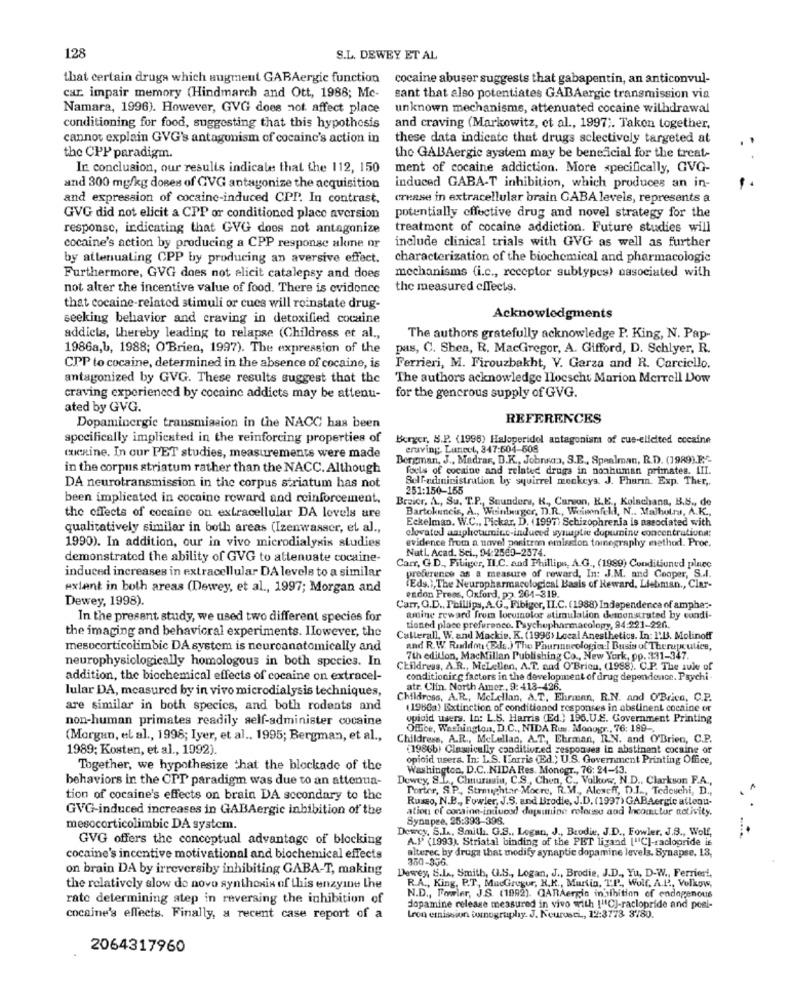
128
S.L. DEWEY ET AL
that certain drugs which augment GABAergic function
cocaine abuser suggests that gabapentin, an anticonvul-
car. impair memory (Hindmarch and Ott, 1988; Mc-
sant that also potentiates GABAergic transmission via
Namara, 1996). However, GVG does not affect place
unknown mechanisms, attenuated cocaine withdrawal
conditioning for food, suggesting that this hypothesis
and craving (Markowitz, et al ., 1997 ;. Taken together,
cannot explain GVG's antagonism of cocaine's action in
these data indicate that drugs selectively targeted at
the CPP paradigm.
the GABAergie system may be beneacial for the treat-
In conclusion, our results indicate that the 112, 150
ment of cocaine addiction. More specifically, GVG-
and 300 mg/kg doses of CVG antagonize the acquisition
induced GABA-T inhibition, which produces an in-
and expression of cocaine-induced CPP. In contrast,
crease in extracellular brain GABA levels, represents a
GVG did not elicit a CPP or conditioned place aversion
potentially effective drug and novel strategy for the
response, indicating that GVG does not antagonize
treatment of cocaine addiction. Future studies will
cocaine's action by producing a CPP response alone or
include clinical trials with GVG as well as further
by attenuating CPP by producing an aversive effect.
characterization of the biochemical and pharmacologie
mechanisms (i.c ., receptor subtypes) nasociated with
Furthermore, GVG does not elicit catalepsy and does
not alter the incentive value of food. There is evidence
the measured clTects.
that cocaine-related stimuli or cues will reinstate drug-
seeking behavior and craving in detoxified cocaine
Acknowledgments
addicts, thereby leading to relapse (Childress et al .,
The authors gratefully acknowledge P. King, N. Pap-
1986a,b, 1988; O'Brien, 1997). The expression of the
pas, C. Shea, R. MacGregor, A. Gifford, D. Schlyer, R.
CPP to cocaine, determined in the absence of cocaine, is
Ferrieri, M. Firouzbakht, V. Garza and R. Carciello.
antagonized by GVG. These results suggest that the
The authors acknowledge Ilocscht Marion Merrell Low
craving experienced by cocaine addicts may be attenu-
for the gencrous supply of GVG.
ated by GVG.
REFERENCES
Dopaminergie transmission in the NACC has been
specifically implicated in the reinforcing properties of
Berger, S.P. (1998) Haloperidol antagonism of cue-elicited cocaine
craving. Luneel, 347:604-508
cocaine. In cur PET studies, measurements were made
Bergman, J ., Madrar, D.K ., Johnson, S.E ., Spealman, R.D. (1989).E'-
in the corpus striatum rather than the NACC. Although
facts of cocaine and related drugs in nonhuman primates. III.
Self-administration by squirrel monkeys. J. Pharmn. Exp. Ther ,.
DA neurotransmission in the corpus striatum has not
251:150-155
been implicated in cocaine reward and reinforcement,
Breicr, A ., Su. T.P ., Seunderw, K ., Carson, K.E ., Kolachana, B.S ., de
Bartokuncis, A ., Weinberger, D.R ., Weinenfell, N .. Malhotra, A.K .,
the effects of cocaine on extracellular DA levels are
Eckelman. W.C ., Pickar, D. (1997) Schizophrenia is associated with
qualitatively similar in both areas (Izenwasser, et al .,
elevated amphetamine-induced synaptic dopurine concentrationa:
1990). In addition, our in vivo microdialysis studies
evidence from a novel positron emission tomography method. Proc.
Nutl Acad. Sci ., 94:2569-2374.
demonstrated the ability of GVG to attenuate cocaine-
induced increases in extracellular DA levels to a similar
Carr, G.D ., Fibiger, II.C. and Phillips, A.G ., (1989) Conditioned plucc
preference as a measure of reward, In: J.M. and Cooper, S .. I.
extant in both areas (Dewey, et al ., 1997; Morgan and
(Eds.), The Neuropharmacological Basis of Reward, Liebman ., Clar-
Dewey, 1998).
endon Press, Oxford, pp. 264-319.
Carr, G.D ., Phillips, A.G ., Fibiger, IL.C. (1988) Independence of amphe ?-
In the present study, we used two different species for
amine reward from locumolor stimulation demonstrated by cundi-
the imaging and behavioral experiments. However, the
tioned place preference. Psychopharmacology, 94:221-226.
Callerall, W. and Mackie. K. (1998) Local Anesthetics. In: I.B. Molinoff
mesucorticolimbic DA system is neuroanatomically and
and R.W. Raddo (Eds.) The Pourmacologic! Busis of Therapeutics,
neurophysiologically homologous in both species. In
7th edition, MacMillan Publishing Co ., New York, pp. 131-347.
Childress, A.R ., MeLellen, A.T. nad O'Bricu, (1988). C.P. The sule of
addition, the biochemical effects of cocaine on extracel-
conditionir g factors in the development of drug dependence. Psychi -
lular DA, measured by in vivo microdialysis techniques,
atr. Clin. North Amer, 9: 413-426.
Childress, A.R ., Mclellan, A.T ., Ehrinnn, R.N. and O'Brien, C.P.
are similar in both specics, and both rodents and
(1966a) Extinction of conditioned responses in abstinent cocaine or
non-human primates readily self-administer cocaine
opioid users. In: L.S. Harris (Ed.) 196.U.E. Government Printing
Office, Washington, D.C ., NIDA Rus. Monogr ., 76: 189 -.
(Morgan, et al ., 1998; Iyer, et al .. 1995; Bergman, et al .,
Childress, A.R ., Melellan, A.T ., Ehrman, R.N. and O'Brien, C.P.
1989; Kosten, et al ., 1992).
(1986b) Classically conditioned responses in abstinent cocaine or
opioid users. In: LS. Harris (Ed .; U.S. Government Printing Office,
Together, we hypothesize that the blockade of the
Washington, D.C. NIDA Res. Monogr ., 76: 24-13.
behaviors in the CPT paradigm was due to an attenua-
Dewey, 8.L ., Chuurain, C.S ., Chen, C ., Volkow, N.D ., Clarkson P.A .,
Porter, S.P ., Strmightar Mocre, R.M ., Alexeff, D).J .., Tedeuchi, D .,
tion of cocaine's effects on brain DA secondary to the
Russo, N.B ., Fowler, J.S. and Brodie, J.D. (1997) GABAergic attenu-
GVG-induced increases in GABAergic inbibition of the
ation of cocaine-induced dopamine meleuse and Incometor activity.
Synapse, 25:393-398.
mesocorticolimbic DA system.
Dewey, S.L ., Smith. G.S ., Logan, J ., Brodie, J.D ., Fowler. J.B ., Wolf,
GVG offers the conceptual advantage of blocking
A.P (1993), Striatal binding of the PET ligand ["CI-raclopride is
alterec, by druga that modify synaptic dopamine levels. Synapse. 13,
cocaine's incentive motivational and biochemical effects
350-336.
on brain DA by irreversiby inhibiting GABA-T, making
Dewey, S.L ., Smith, U.S ., Logan, J ., Brodie, J.D ., Yu, D-W ., Ferrier !.
R.A ., King, P.T, MacGregor, X.K ., Murtia, T.P. Wolf. A.P ., Velkow,
the relatively slow de novo synthesis of this enzyine the
rate determining step in reversing the inhibition of
N.D ., Fowler, J.S. (1992). GARAergin in'sibition of endapenous
dopamine release measured in vivo with !"1℃]-raclopride and posi-
cocaine's effects. Finally, a recent case report of a
Lron emission somnography. J. Neurosci ., 12:3773 3780.
2064317960